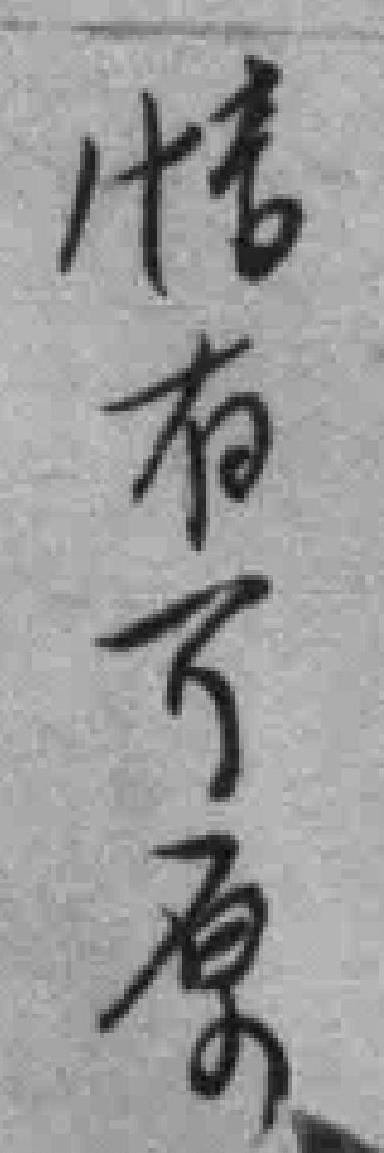
情有可原